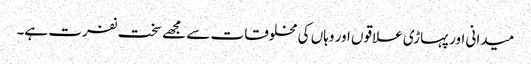
میدانی اور پہاڑی علاقوں اور وہاں کی مخلوقات سے مجھے سخت نفرت ہے۔